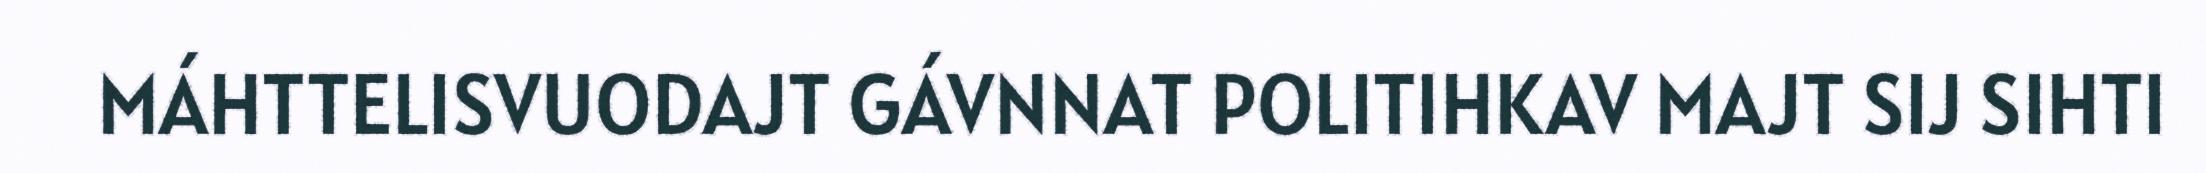
MÁHTTELISVUODAJT GÁVNNAT POLITIHKAV MAJT SIJ SIHTI